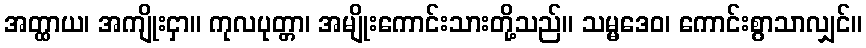
အတ္ထာယ၊ အကျိုးငှာ။ ကုလပုတ္တာ၊ အမျိုးကောင်းသားတို့သည်။ သမ္မဒေဝ၊ ကောင်းစွာသာလျှင်။